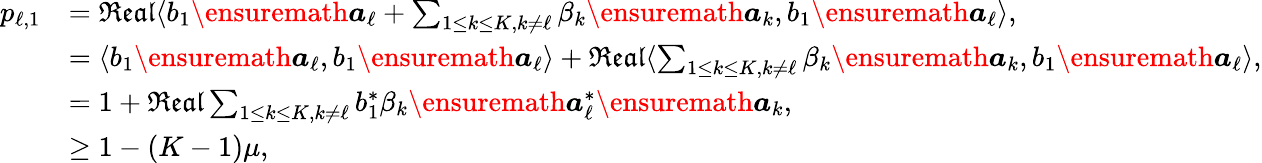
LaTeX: \begin{array}{rl}{p_{\ell,1}}&{=\mathfrak{Real}\langle b_{1}\ensuremath{\boldsymbol{a}}_{\ell}+\sum_{1\leq k\leq K,k\neq\ell}\beta_{k}\ensuremath{\boldsymbol{a}}_{k},b_{1}\ensuremath{\boldsymbol{a}}_{\ell}\rangle,}\\ &{=\langle b_{1}\ensuremath{\boldsymbol{a}}_{\ell},b_{1}\ensuremath{\boldsymbol{a}}_{\ell}\rangle+\mathfrak{Real}\langle\sum_{1\leq k\leq K,k\neq\ell}\beta_{k}\ensuremath{\boldsymbol{a}}_{k},b_{1}\ensuremath{\boldsymbol{a}}_{\ell}\rangle,}\\ &{=1+\mathfrak{Real}\sum_{1\leq k\leq K,k\neq\ell}b_{1}^{*}\beta_{k}\ensuremath{\boldsymbol{a}}_{\ell}^{*}\ensuremath{\boldsymbol{a}}_{k},}\\ &{\geq 1-(K-1)\mu,}\end{array}